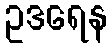
ဥဒရေန